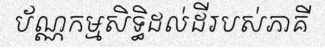
ប័ណ្ណកម្មសិទ្ធិដល់ដីរបស់ភាគី